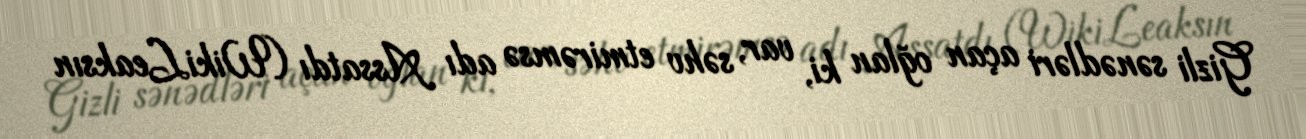
Gizli sənədləri açan oğlan ki, var, səhv etmirəmsə adı Assatdı (WikiLeaksın